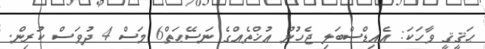
ޙަޤީޤީ ވާހަކަ: އެއިޑްސްބަލި ޖެހުނު އުޚްތެއްގެ ނަސޭޙަތް6 މަސް 4 ދުވަސް ކުރިން.